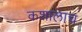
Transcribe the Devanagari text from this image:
कशालाच